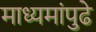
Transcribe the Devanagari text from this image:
माध्यमांपुढे